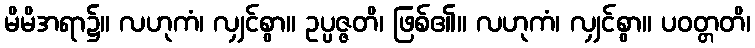
မိမိအရာ၌။ လဟုကံ၊ လျှင်စွာ။ ဥပ္ပဇ္ဇတိ၊ ဖြစ်၏။ လဟုကံ၊ လျှင်စွာ။ ပဝတ္တတိ၊